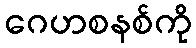
ဂေဟစနစ်ကို